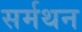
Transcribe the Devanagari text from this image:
सर्मथन